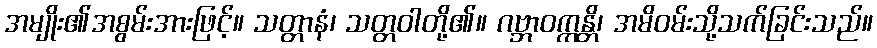
အမျိုး၏အစွမ်းအားဖြင့်။ သတ္တာနံ၊ သတ္တဝါတို့၏။ ဂဗ္ဘာဝက္ကန္တိ၊ အမိဝမ်းသို့သက်ခြင်းသည်။